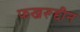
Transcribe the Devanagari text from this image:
फखरूद्दीन